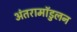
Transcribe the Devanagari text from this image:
अंतरामॉडुलन